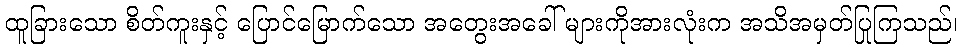
ထူခြားသော စိတ်ကူးနှင့် ပြောင်မြောက်သော အတွေးအခေါ် များကိုအားလုံးက အသိအမှတ်ပြုကြသည်၊